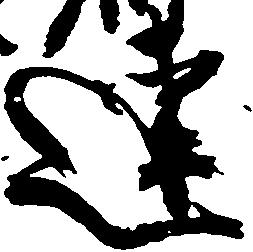
連